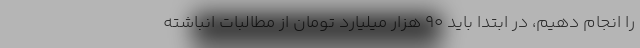
را انجام دهیم، در ابتدا باید ۹۰ هزار میلیارد تومان از مطالبات انباشته